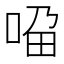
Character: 𱒼